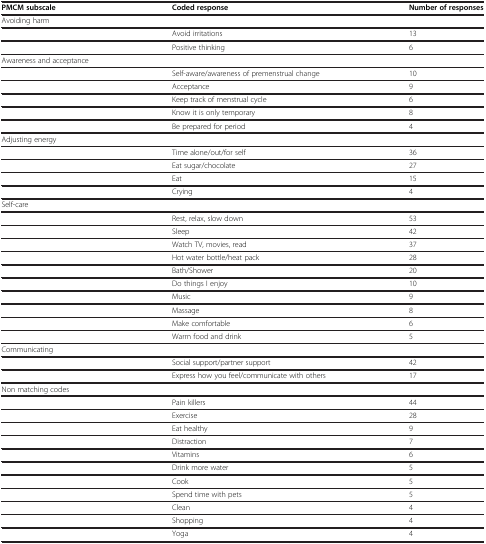
| PMCM subscale | Coded response | Number of responses |
 | --- | --- | --- |
 | Avoiding harm |  |  |
 |  | Avoid irritations | 13 |
 |  | Positive thinking | 6 |
 | Awareness and acceptance |  |  |
 |  | Self-aware/awareness of premenstrual change | 10 |
 |  | Acceptance | 9 |
 |  | Keep track of menstrual cycle | 6 |
 |  | Know it is only temporary | 8 |
 |  | Be prepared for period | 4 |
 | Adjusting energy |  |  |
 |  | Time alone/out/for self | 36 |
 |  | Eat sugar/chocolate | 27 |
 |  | Eat | 15 |
 |  | Crying | 4 |
 | Self-care |  |  |
 |  | Rest, relax, slow down | 53 |
 |  | Sleep | 42 |
 |  | Watch TV, movies, read | 37 |
 |  | Hot water bottle/heat pack | 28 |
 |  | Bath/Shower | 20 |
 |  | Do things I enjoy | 10 |
 |  | Music | 9 |
 |  | Massage | 8 |
 |  | Make comfortable | 6 |
 |  | Warm food and drink | 5 |
 | Communicating |  |  |
 |  | Social support/partner support | 42 |
 |  | Express how you feel/communicate with others | 17 |
 | Non matching codes |  |  |
 |  | Pain killers | 44 |
 |  | Exercise | 28 |
 |  | Eat healthy | 9 |
 |  | Distraction | 7 |
 |  | Vitamins | 6 |
 |  | Drink more water | 5 |
 |  | Cook | 5 |
 |  | Spend time with pets | 5 |
 |  | Clean | 4 |
 |  | Shopping | 4 |
 |  | Yoga | 4 |